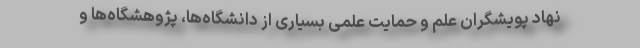
نهاد پویشگران علم و حمایت علمی بسیاری از دانشگاه‌ها، پژوهشگاه‌ها و